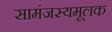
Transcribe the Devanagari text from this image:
सामंजस्यमूलक